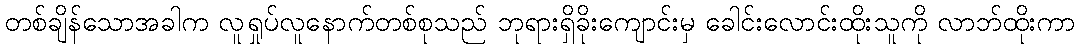
တစ်ချိန်သောအခါက လူရှုပ်လူနောက်တစ်စုသည် ဘုရားရှိခိုးကျောင်းမှ ခေါင်းလောင်းထိုးသူကို လာဘ်ထိုးကာ